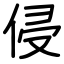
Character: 侵